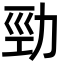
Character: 勁